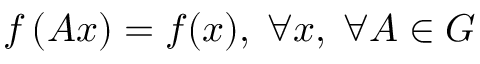
f \left( A x \right) = f ( x ) , \; \forall x , \; \forall A \in G